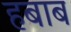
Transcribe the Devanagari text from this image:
हबाब